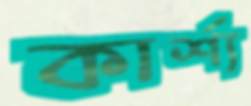
কার্শ্য